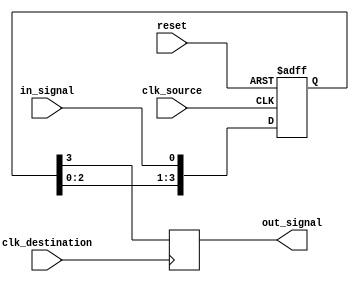
module four_flop_synchronizer (
    input wire clk_source,
    input wire clk_destination,
    input wire reset,
    input wire in_signal,
    output reg out_signal
);

reg [3:0] sync_data;

always @(posedge clk_source or posedge reset) begin
    if (reset) begin
        sync_data <= 4'b0000;
    end else begin
        sync_data <= {sync_data[2:0], in_signal};
    end
end

always @(posedge clk_destination) begin
    out_signal <= sync_data[3];
end

endmodule